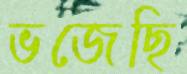
ভজেছি